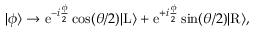
\begin{array} { r } { | \phi \rangle \rightarrow \mathrm { e } ^ { - i \frac { \phi } { 2 } } \cos ( \theta / 2 ) | \mathrm { L } \rangle + \mathrm { e } ^ { + i \frac { \phi } { 2 } } \sin ( \theta / 2 ) | \mathrm { R } \rangle , } \end{array}